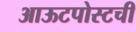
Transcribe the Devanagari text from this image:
आऊटपोस्टची